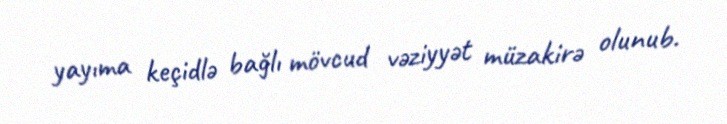
yayıma keçidlə bağlı mövcud vəziyyət müzakirə olunub.